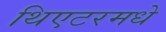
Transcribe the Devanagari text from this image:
थिएटरमधे